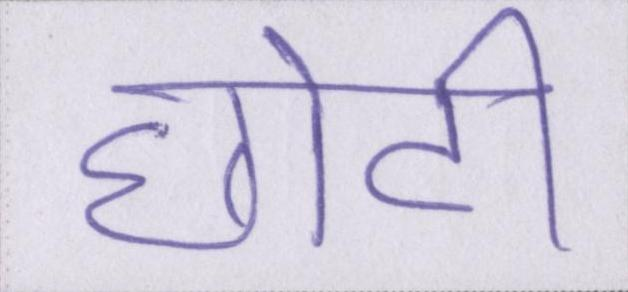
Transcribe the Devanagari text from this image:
छोटी